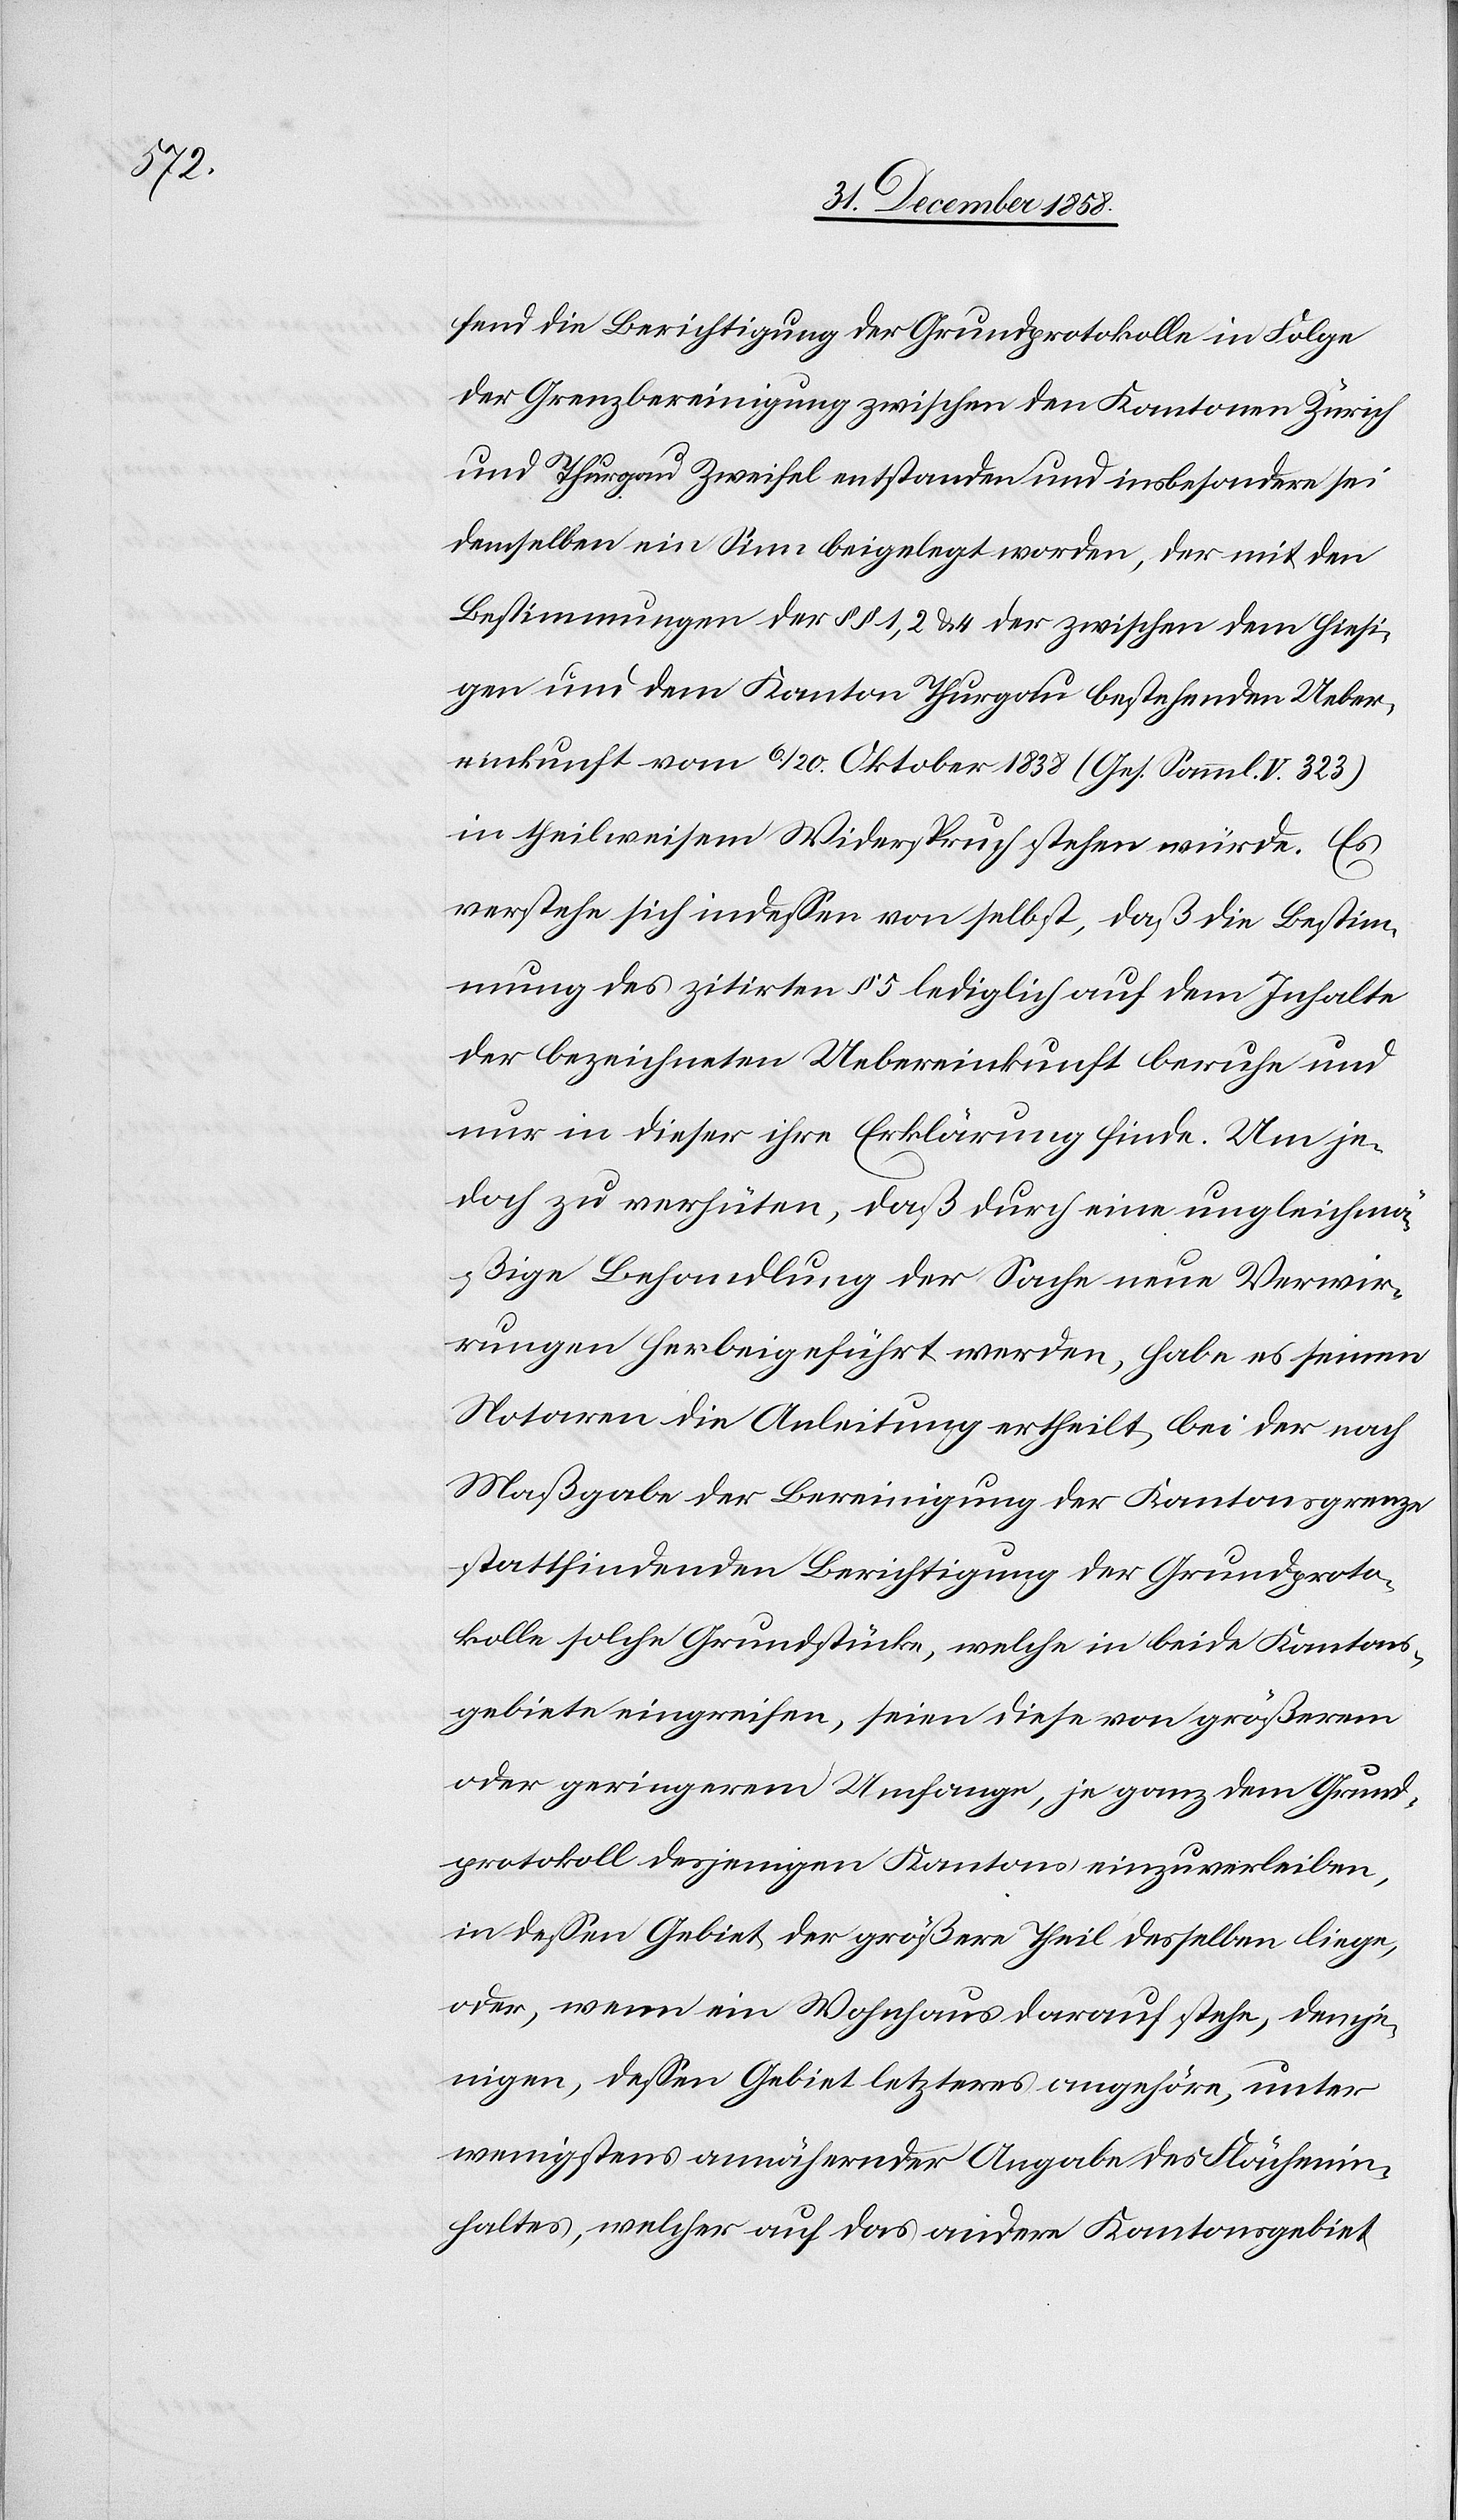
fend die Berichtigung der Grundprotokolle in Folge
der Grenzbereinigung zwischen den Kantonen Zürich
und Thurgau Zweifel entstanden und insbesondere sei
demselben ein Sinn beigelegt worden, der mit den
Bestimmungen der §§ 1, 2 & 4 der zwischen dem hiesi¬
gen und dem Kanton Thurgau bestehenden Ueber¬
einkunft vom 6./20. Oktober 1838 (Ges. Samml. V. 323)
in theilweisem Widerspruch stehen würde. Es
verstehe sich indessen von selbst, daß die Bestim¬
mung des zitirten § 5 lediglich auf dem Inhalte
der bezeichneten Uebereinkunft beruhe und
nur in dieser ihre Erklärung finde. Um je¬
doch zu verhüten, daß durch eine ungleichmä¬
ßige Behandlung der Sache neue Verwir¬
rungen herbeigeführt werden, habe es seinen
Notaren die Anleitung ertheilt, bei der nach
Maßgabe der Bereinigung der Kantonsgrenze
stattfindenden Berichtigung der Grundproto¬
kolle solche Grundstücke, welche in beide Kantons¬
gebiete eingreifen, seien diese von größerem
oder geringerem Umfange, je ganz dem Grund¬
protokoll desjenigen Kantons einzuverleiben,
in dessen Gebiet der größere Theil desselben liege,
oder, wenn ein Wohnhaus darauf stehe, demje¬
nigen, dessen Gebiet letzteres angehöre, unter
wenigstens annähernder Angabe des Flächenin¬
haltes, welcher auf das andere Kantonsgebiet